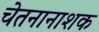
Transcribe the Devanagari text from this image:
चेतनानाशक